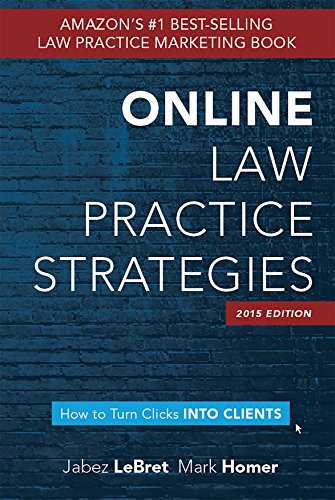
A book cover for Online Law Practice Strategies: How to turn clicks into clients; Mark Homer; Law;